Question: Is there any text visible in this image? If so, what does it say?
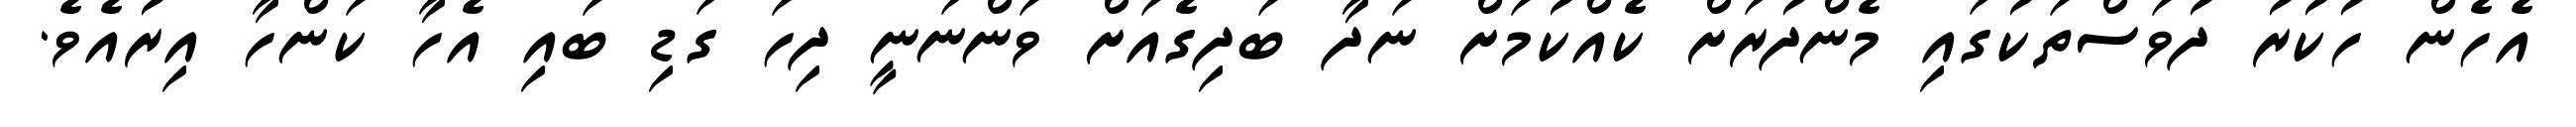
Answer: އެހެން ހުކުރު ދުވަސްތަކުގައި މެންދުރަށް ކެއްކުމަށް ނަދާ ބަދިގެއަށް ވަންނަނީ ދިހަ ގަޑި ބައި އެހާ ކަންހާ އިރުއެވެ.